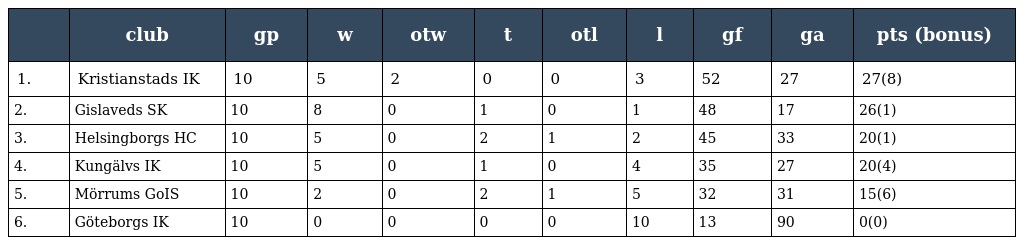
|  | club | gp | w | otw | t | otl | l | gf | ga | pts (bonus) |
 | --- | --- | --- | --- | --- | --- | --- | --- | --- | --- | --- |
 | 1. | Kristianstads IK | 10 | 5 | 2 | 0 | 0 | 3 | 52 | 27 | 27(8) |
 | 2. | Gislaveds SK | 10 | 8 | 0 | 1 | 0 | 1 | 48 | 17 | 26(1) |
 | 3. | Helsingborgs HC | 10 | 5 | 0 | 2 | 1 | 2 | 45 | 33 | 20(1) |
 | 4. | Kungälvs IK | 10 | 5 | 0 | 1 | 0 | 4 | 35 | 27 | 20(4) |
 | 5. | Mörrums GoIS | 10 | 2 | 0 | 2 | 1 | 5 | 32 | 31 | 15(6) |
 | 6. | Göteborgs IK | 10 | 0 | 0 | 0 | 0 | 10 | 13 | 90 | 0(0) |